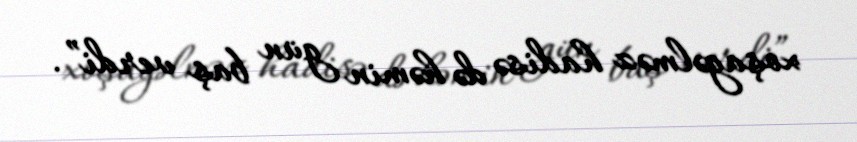
xoşagəlməz hadisə də həmin gün baş verdi”.